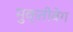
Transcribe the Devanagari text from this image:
मुक्तीवेग